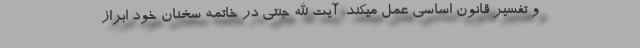
و تفسیر قانون اساسی عمل میکند. آیت الله جنتی در خاتمه سخنان خود ابراز